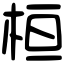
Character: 桓